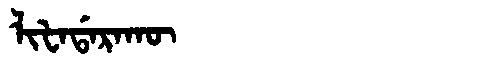
Manchu: ᠯᡳᡶᠠᡩᠠᡵᠠᡴᡡ
Romanization: LIFADARAKŪ